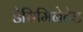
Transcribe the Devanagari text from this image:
डेसिमिनेटेड